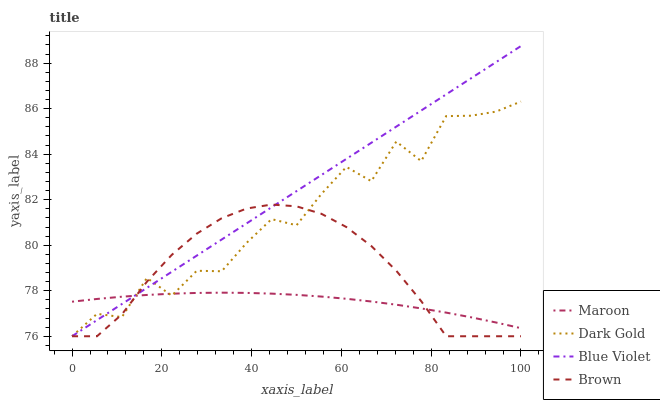
| xaxis_label | Maroon | Dark Gold | Blue Violet | Brown |
 | --- | --- | --- | --- | --- |
 | 0 | 77.5 | 76 | 76 | 76 |
 | 5.56 | 77.6 | 77 | 76.7 | 76 |
 | 11.1 | 77.7 | 76.8 | 77.4 | 77 |
 | 16.7 | 77.8 | 78.6 | 78.1 | 78.4 |
 | 22.2 | 77.9 | 77.8 | 78.8 | 79.6 |
 | 27.8 | 77.9 | 78.9 | 79.5 | 80.5 |
 | 33.3 | 77.9 | 78.9 | 80.3 | 81.2 |
 | 38.9 | 77.9 | 80.1 | 81 | 81.6 |
 | 44.4 | 77.9 | 81.1 | 81.7 | 81.8 |
 | 50 | 77.8 | 80.9 | 82.4 | 81.7 |
 | 55.6 | 77.7 | 82.3 | 83.1 | 81.4 |
 | 61.1 | 77.6 | 83.4 | 83.8 | 80.8 |
 | 66.7 | 77.5 | 82.8 | 84.5 | 80 |
 | 72.2 | 77.4 | 84.6 | 85.2 | 78.9 |
 | 77.8 | 77.2 | 83.7 | 85.9 | 77.5 |
 | 83.3 | 77 | 85.7 | 86.6 | 76 |
 | 88.9 | 76.8 | 85.7 | 87.3 | 76 |
 | 94.4 | 76.6 | 85.9 | 88 | 76 |
 | 100 | 76.4 | 86.3 | 88.8 | 76 |